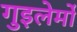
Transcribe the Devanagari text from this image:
गुइलेर्मो